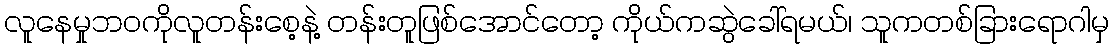
လူနေမှုဘဝကိုလူတန်းစေ့နဲ့ တန်းတူဖြစ်အောင်တော့ ကိုယ်ကဆွဲခေါ်ရမယ်၊ သူကတစ်ခြားရောဂါမှ